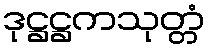
ဒုဋ္ဌဋ္ဌကသုတ္တံ